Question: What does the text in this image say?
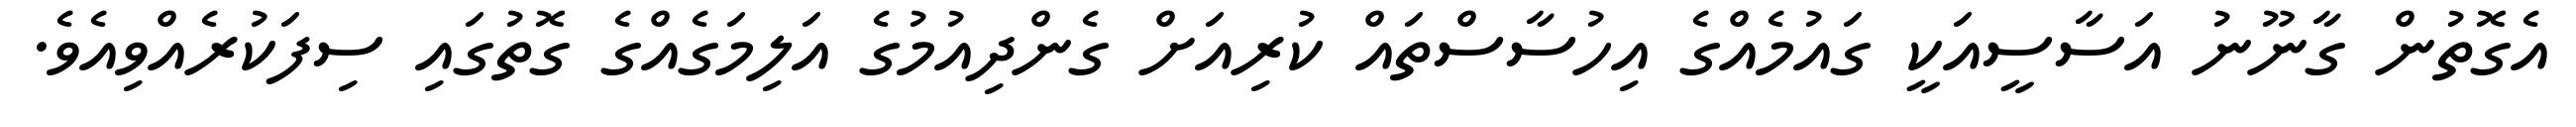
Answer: އެގޮތުން ގާނޫނު އަސާސީއަކީ ގައުމެއްގެ އިހުސާސްތައް ކުރިއަށް ގެންދިއުމުގެ އަލިމަގެއްގެ ގޮތުގައި ސިފަކުރެއްވިއެވެ.